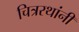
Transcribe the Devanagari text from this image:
चित्ररथांनी